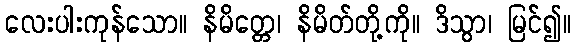
လေးပါးကုန်သော။ နိမိတ္တေ၊ နိမိတ်တို့ကို။ ဒိသွာ၊ မြင်၍။